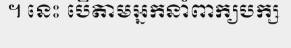
។ នេះ បើតាមអ្នកនាំពាក្យបក្ស